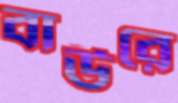
বাউরে